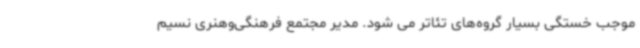
موجب خستگی بسیار گروه‌های تئاتر می شود. مدیر مجتمع فرهنگی‌وهنری نسیم